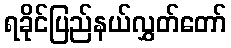
ရခိုင်ပြည်နယ်လွှတ်တော်